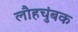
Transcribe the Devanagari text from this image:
लौहचुंबक